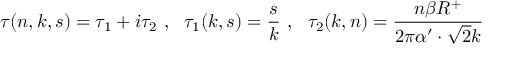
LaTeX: \tau ( n , k , s ) = \tau _ { 1 } + i \tau _ { 2 } ~ , ~ ~ \tau _ { 1 } ( k , s ) = \frac { s } { k } ~ , ~ ~ \tau _ { 2 } ( k , n ) = \frac { n \beta R ^ { + } } { 2 \pi \alpha ^ { \prime } \cdot \sqrt { 2 } k }